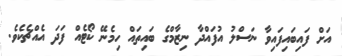
އަށް ފައިބައިފައިވާ ނަސްލު އުފައްދާ ނިޒާމްގެ ބައިތައް ހިމެނޭ ކޯޓެއް ފަދަ އެއްޗެކެވެ.